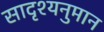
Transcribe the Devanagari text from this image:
सादृश्यनुमान